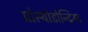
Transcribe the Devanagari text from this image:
प्रोस्थोडोन्टिस्ट